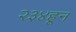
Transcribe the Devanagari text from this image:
२३४हून